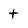
Character: t